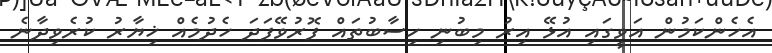
އެހެންކަމުން އަވީގައި އުޅޭ އިރު މިބުނި ހިސާބުތައް ފޮރުވޭފަދަ ހެދުމެއް ޚިޔާރު ކުރެވިދާނެ